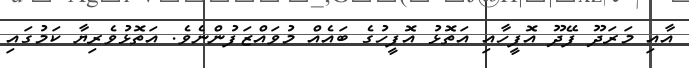
އާއި މަރަދޫ ފޭދޫ އޮފީހާއި އަތޮޅު އޮފީހުގެ ބައެއް މުވައްޒަފުންނެވެ. އަތޮޅުވެރިޔާ ކަމުގައި